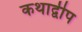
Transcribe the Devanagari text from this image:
कथाद्वीप